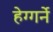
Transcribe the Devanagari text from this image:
हेग्गर्ने